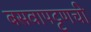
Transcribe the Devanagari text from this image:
बसवापट्टणची